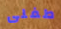
طفلى